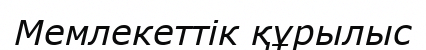
Мемлекеттік құрылыс